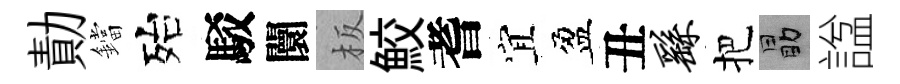
勣鐺殆駁闤板鮫耆宜盈丑繇把勗諡